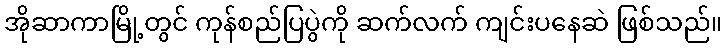
အိုဆာကာမြို့တွင် ကုန်စည်ပြပွဲကို ဆက်လက် ကျင်းပနေဆဲ ဖြစ်သည်။